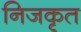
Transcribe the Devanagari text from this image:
निजकृत